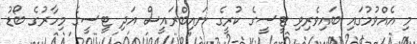
މި އެއްވުމުގައި ބައިވެރިވި ޓީސީގެ ކުރީގެ ނައިބްރައީސް އަދި ޓީސީގެ މިހާރުގެ ބޯޑު